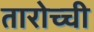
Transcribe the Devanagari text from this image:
तारोच्ची